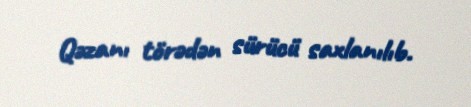
Qəzanı törədən sürücü saxlanılıb.